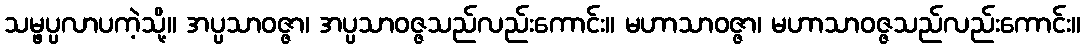
သမ္ဖပ္ပလာပကဲ့သို့။ အပ္ပသာဝဇ္ဇာ၊ အပ္ပသာဝဇ္ဇသည်လည်းကောင်း။ မဟာသာဝဇ္ဇာ၊ မဟာသာဝဇ္ဇသည်လည်းကောင်း။